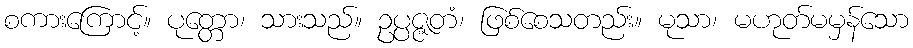
စကားကြောင့်။ ပုတ္တော၊ သားသည်။ ဥပ္ပဇ္ဇတံ၊ ဖြစ်စေသတည်း။ မုသာ၊ မဟုတ်မမှန်သော